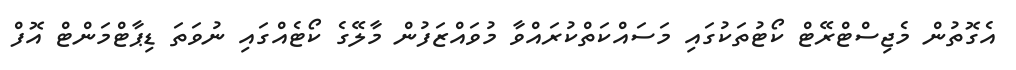
އެގޮތުން މެޖިސްޓްރޭޓް ކޯޓުތަކުގައި މަސައްކަތްކުރައްވާ މުވައްޒަފުން މާލޭގެ ކޯޓެއްގައި ނުވަތަ ޑިޕާޓްމަންޓް އޮފް